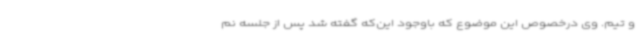
و تیم. وی درخصوص این موضوع که باوجود این‌که گفته شد پس از جلسه نم